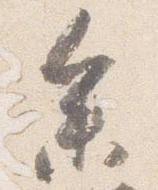
参